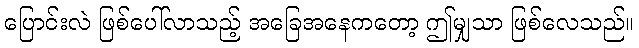
ပြောင်းလဲ ဖြစ်ပေါ်လာသည့် အခြေအနေကတော့ ဤမျှသာ ဖြစ်လေသည်။